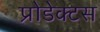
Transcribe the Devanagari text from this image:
प्रोडेक्टस